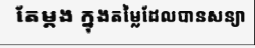
តែម្តង ក្នុងតម្លៃដែលបានសន្យា